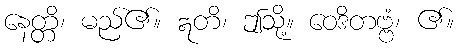
နေတ္တိ၊ မည်၏။ ဣတိ၊ ဤသို့။ ဝေဒိတဗ္ဗံ၊ ၏။